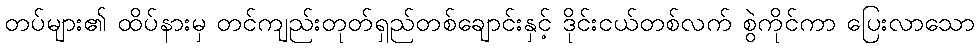
တပ်များ၏ ထိပ်နားမှ တင်ကျည်းတုတ်ရှည်တစ်ချောင်းနှင့် ဒိုင်းငယ်တစ်လက် စွဲကိုင်ကာ ပြေးလာသော